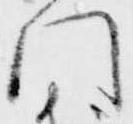
門